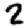
Digit: 2